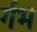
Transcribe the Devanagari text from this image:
र्गभ